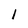
Character: 1